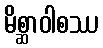
မိစ္ဆာဝါစဿ